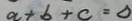
a + b + c = 0